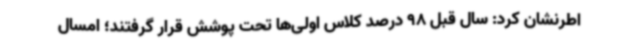
اطرنشان کرد: سال قبل 98 درصد کلاس اولی‌ها تحت پوشش قرار گرفتند؛ امسال